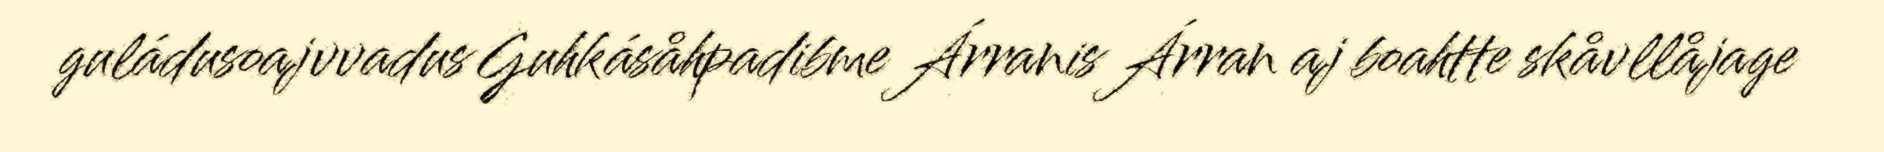
guládusoajvvadus Guhkásåhpadibme Árranis Árran aj boahtte skåvllåjage